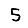
Digit: 5